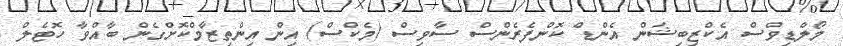
މޯލްޑިވްސް އެކްޒިބިޝަން އެންޑް ކޮންފެރެންސް ސާވިސް (މެކްސް) އިން އިންތިޒާމްކޮށްގެން ބާއްވާ ހޮޓެލް